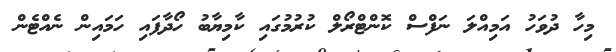
މިހާ ދުވަހު އަމިއްލަ ނަފްސް ކޮންޓްރޯލް ކުރުމުގައި ކާމިޔާބު ހޯދާފައި ހަމައިން ނެއްޓެން